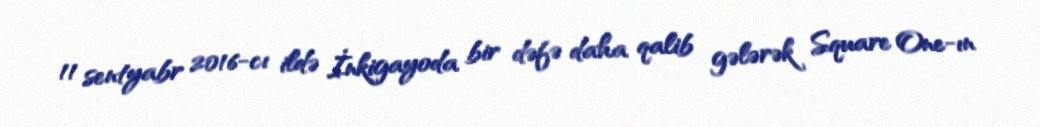
11 sentyabr 2016-cı ildə İnkigayoda bir dəfə daha qalib gələrək Square One-ın